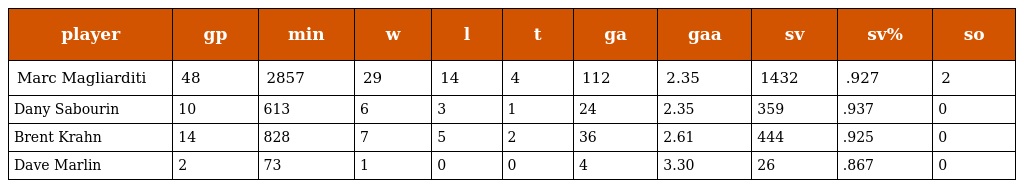
| player | gp | min | w | l | t | ga | gaa | sv | sv% | so |
 | --- | --- | --- | --- | --- | --- | --- | --- | --- | --- | --- |
 | Marc Magliarditi | 48 | 2857 | 29 | 14 | 4 | 112 | 2.35 | 1432 | .927 | 2 |
 | Dany Sabourin | 10 | 613 | 6 | 3 | 1 | 24 | 2.35 | 359 | .937 | 0 |
 | Brent Krahn | 14 | 828 | 7 | 5 | 2 | 36 | 2.61 | 444 | .925 | 0 |
 | Dave Marlin | 2 | 73 | 1 | 0 | 0 | 4 | 3.30 | 26 | .867 | 0 |